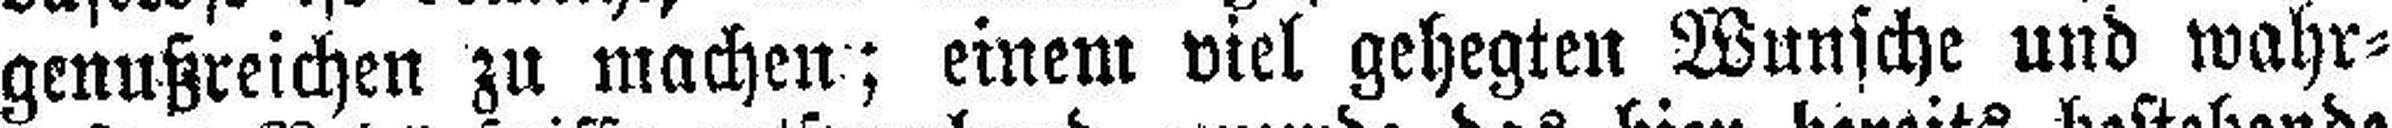
genußreichen zu machen; einem viel gehegten Wunsche und wahr¬